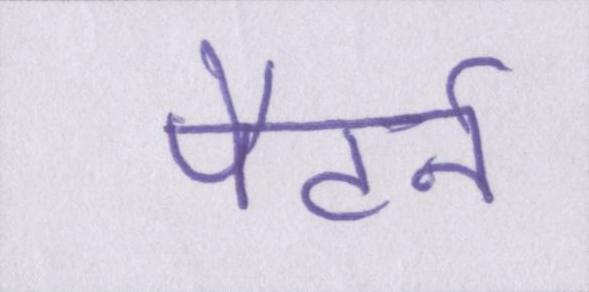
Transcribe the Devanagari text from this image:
पैटर्न